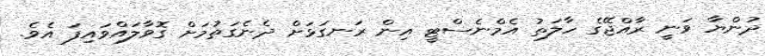
ދުންޔާ ވަނީ ރާއްޖޭގެ ހާލަތު އެމްނެސްޓީ އިން ރަނގަޅަށް ދެނެގަތުމަށް ގޮވާލައްވައިފަ އެވެ.